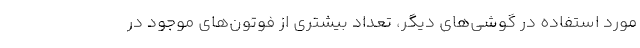
مورد استفاده در گوشی‌های دیگر، تعداد بیشتری از فوتون‌های موجود در